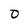
Character: 0